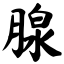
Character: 腺